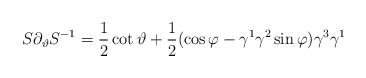
\begin{align*}S\partial _\vartheta S^{-1}=\frac 12\cot \vartheta +\frac 12(\cos\varphi -\gamma ^1\gamma ^2\sin \varphi )\gamma ^3\gamma ^1\end{align*}